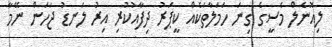
ލިއޮނެލް މެސީގެ ގިނަ ހަމަލާތަކެއް ކީޕަރު ދިފާއުކުރި އިރު ލަނޑު ޖަހަން ނޭމާ